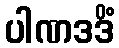
ပါဏဒဒိံ